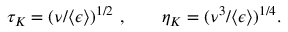
\begin{array} { r } { \tau _ { K } = ( \nu / \langle \epsilon \rangle ) ^ { 1 / 2 } \ , \ \ \ \ \ \ \eta _ { K } = ( \nu ^ { 3 } / \langle \epsilon \rangle ) ^ { 1 / 4 } . } \end{array}